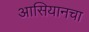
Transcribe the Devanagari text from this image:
आसियानचा